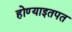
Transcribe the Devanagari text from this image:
होण्याइतपत